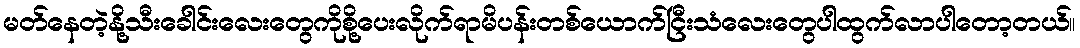
မတ်နေတဲ့နို့သီးခေါင်းလေးတွေကိုစို့ပေးလိုက်ရာမိပန်းတစ်ယောက်ငြီးသံလေးတွေပါထွက်လာပါတော့တယ်။